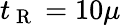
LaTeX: t_{\mathrm{~R~}}=10\mu